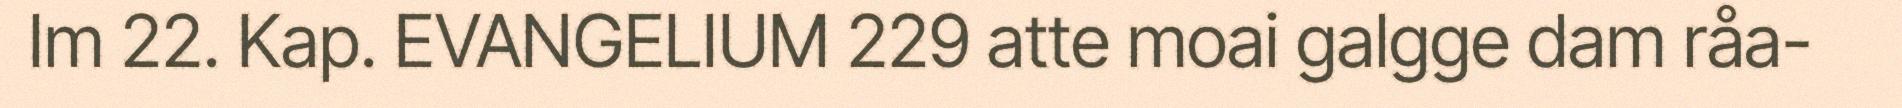
Im 22. Kap. EVANGELIUM 229 atte moai galgge dam råa-